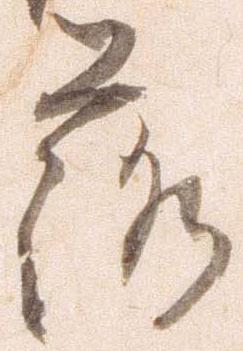
落